Annual administration report of the Civil Veterinary Department of India - 1896-1897
Year: 1896
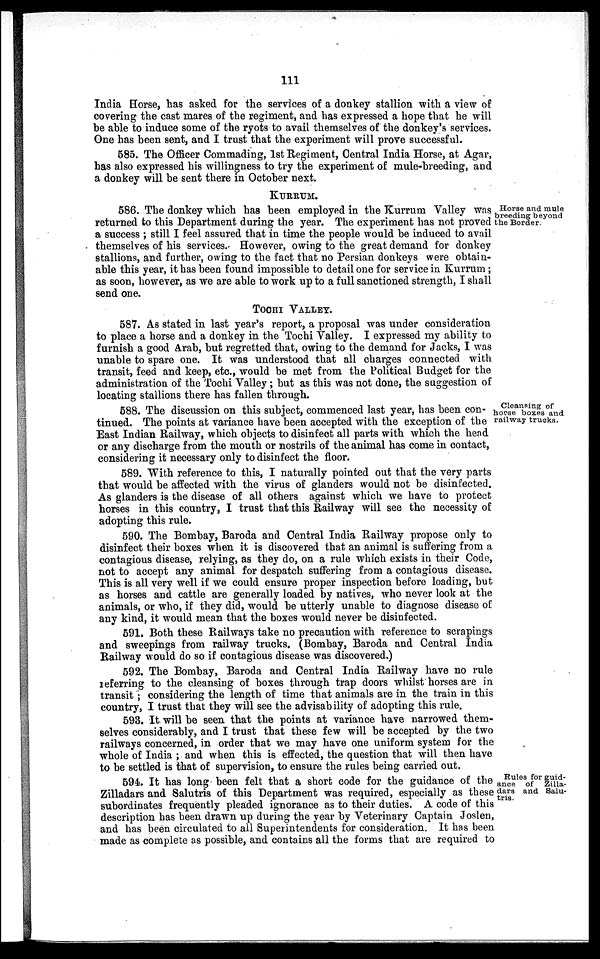
111
India Horse, has asked for the services of a donkey stallion with a view of
covering the cast mares of the regiment, and has expressed a hope that he will
be able to induce some of the ryots to avail themselves of the donkey's services.
One has been sent, and I trust that the experiment will prove successful.
585. The Officer Commading, 1st Regiment, Central India Horse, at Agar,
has also expressed his willingness to try the experiment of mule-breeding, and
a donkey will be sent there in October next.
KURRUM.
Horse and mule
breeding beyond
the Border.
586. The donkey which has been employed in the Kurrum Valley was
returned to this Department during the year. The experiment has not proved
a success; still I feel assured that in time the people would be induced to avail
themselves of his services. However, owing to the great demand for donkey
stallions, and further, owing to the fact that no Persian donkeys were obtain-
able this year, it has been found impossible to detail one for service in Kurrum;
as soon, however, as we are able to work up to a full sanctioned strength, I shall
send one.
TOOHI VALLEY.
587. As stated in last year's report, a proposal was under consideration
to place a horse and a donkey in the Tochi Valley. I expressed my ability to
furnish a good Arab, but regretted that, owing to the demand for Jacks, I was
unable to spare one. It was understood that all charges connected with
transit, feed and keep, etc., would be met from the Political Budget for the
administration of the Tochi Valley; but as this was not done, the suggestion of
locating stallions there has fallen through.
Cleansing of
horse boxes and
railway trucks.
588. The discussion on this subject, commenced last year, has been con-
tinued. The points at variance have been accepted with the exception of the
East Indian Railway, which objects to disinfect all parts with which the head
or any discharge from the mouth or nostrils of the animal has come in contact,
considering it necessary only to disinfect the floor.
589. With reference to this, I naturally pointed out that the very parts
that would be affected with the virus of glanders would not be disinfected.
As glanders is the disease of all others against which we have to protect
horses in this country, I trust that this Railway will see the necessity of
adopting this rule.
590. The Bombay, Baroda and Central India Railway propose only to
disinfect their boxes when it is discovered that an animal is suffering from a
contagious disease, relying, as they do, on a rule which exists in their Code,
not to accept any animal for despatch suffering from a contagious disease.
This is all very well if we could ensure proper inspection before loading, but
as horses and cattle are generally loaded by natives, who never look at the
animals, or who, if they did, would be utterly unable to diagnose disease of
any kind, it would mean that the boxes would never be disinfected.
591. Both these Railways take no precaution with reference to scrapings
and sweepings from railway trucks. (Bombay, Baroda and Central India
Railway would do so if contagious disease was discovered.)
592. The Bombay, Baroda and Central India Railway have no rule
referring to the cleansing of boxes through trap doors whilst horses are in
transit ; considering the length of time that animals are in the train in this
country, I trust that they will see the advisability of adopting this rule.
593. It will be seen that the points at variance have narrowed them-
selves considerably, and I trust that these few will be accepted by the two
railways concerned, in order that we may have one uniform system for the
whole of India; and when this is effected, the question that will then have
to be settled is that of supervision, to ensure the rules being carried out.
Rules for guid-
ance of Zilla-
dars and Salu-
tris.
594. It has long been felt that a short code for the guidance of the
Zilladars and Salutris of this Department was required, especially as these
subordinates frequently pleaded ignorance as to their duties. A code of this
description has been drawn up during the year by Veterinary Captain Joslen,
and has been circulated to all Superintendents for consideration. It has been
made as complete as possible, and contains all the forms that are required to